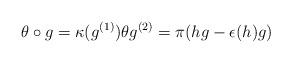
LaTeX: \begin{align*}\theta \circ g=\kappa(g^{(1)})\theta g^{(2)}=\pi(hg-\epsilon(h)g)\end{align*}